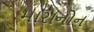
મારાનોન